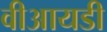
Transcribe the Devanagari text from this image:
वीआयडी